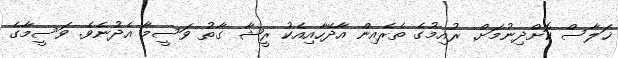
ޚަލާސް ކޮށްދިނުމަށް